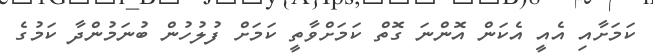
ކަމަށާއި އެއީ އެކަން އޮންނަ ގޮތް ކަމަށްވާތީ ކަމަށް ފުލުހުން ބުނަމުންދާ ކަމުގެ